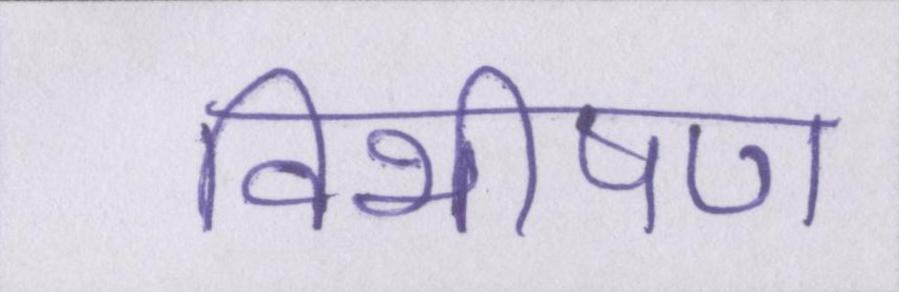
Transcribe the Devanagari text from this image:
विभीषण